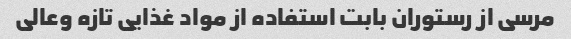
مرسی از رستوران بابت استفاده از مواد غذایی تازه وعالی